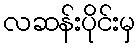
လဆန်းပိုင်းမှ